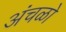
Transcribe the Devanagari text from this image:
अंचळो